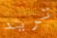
تريد